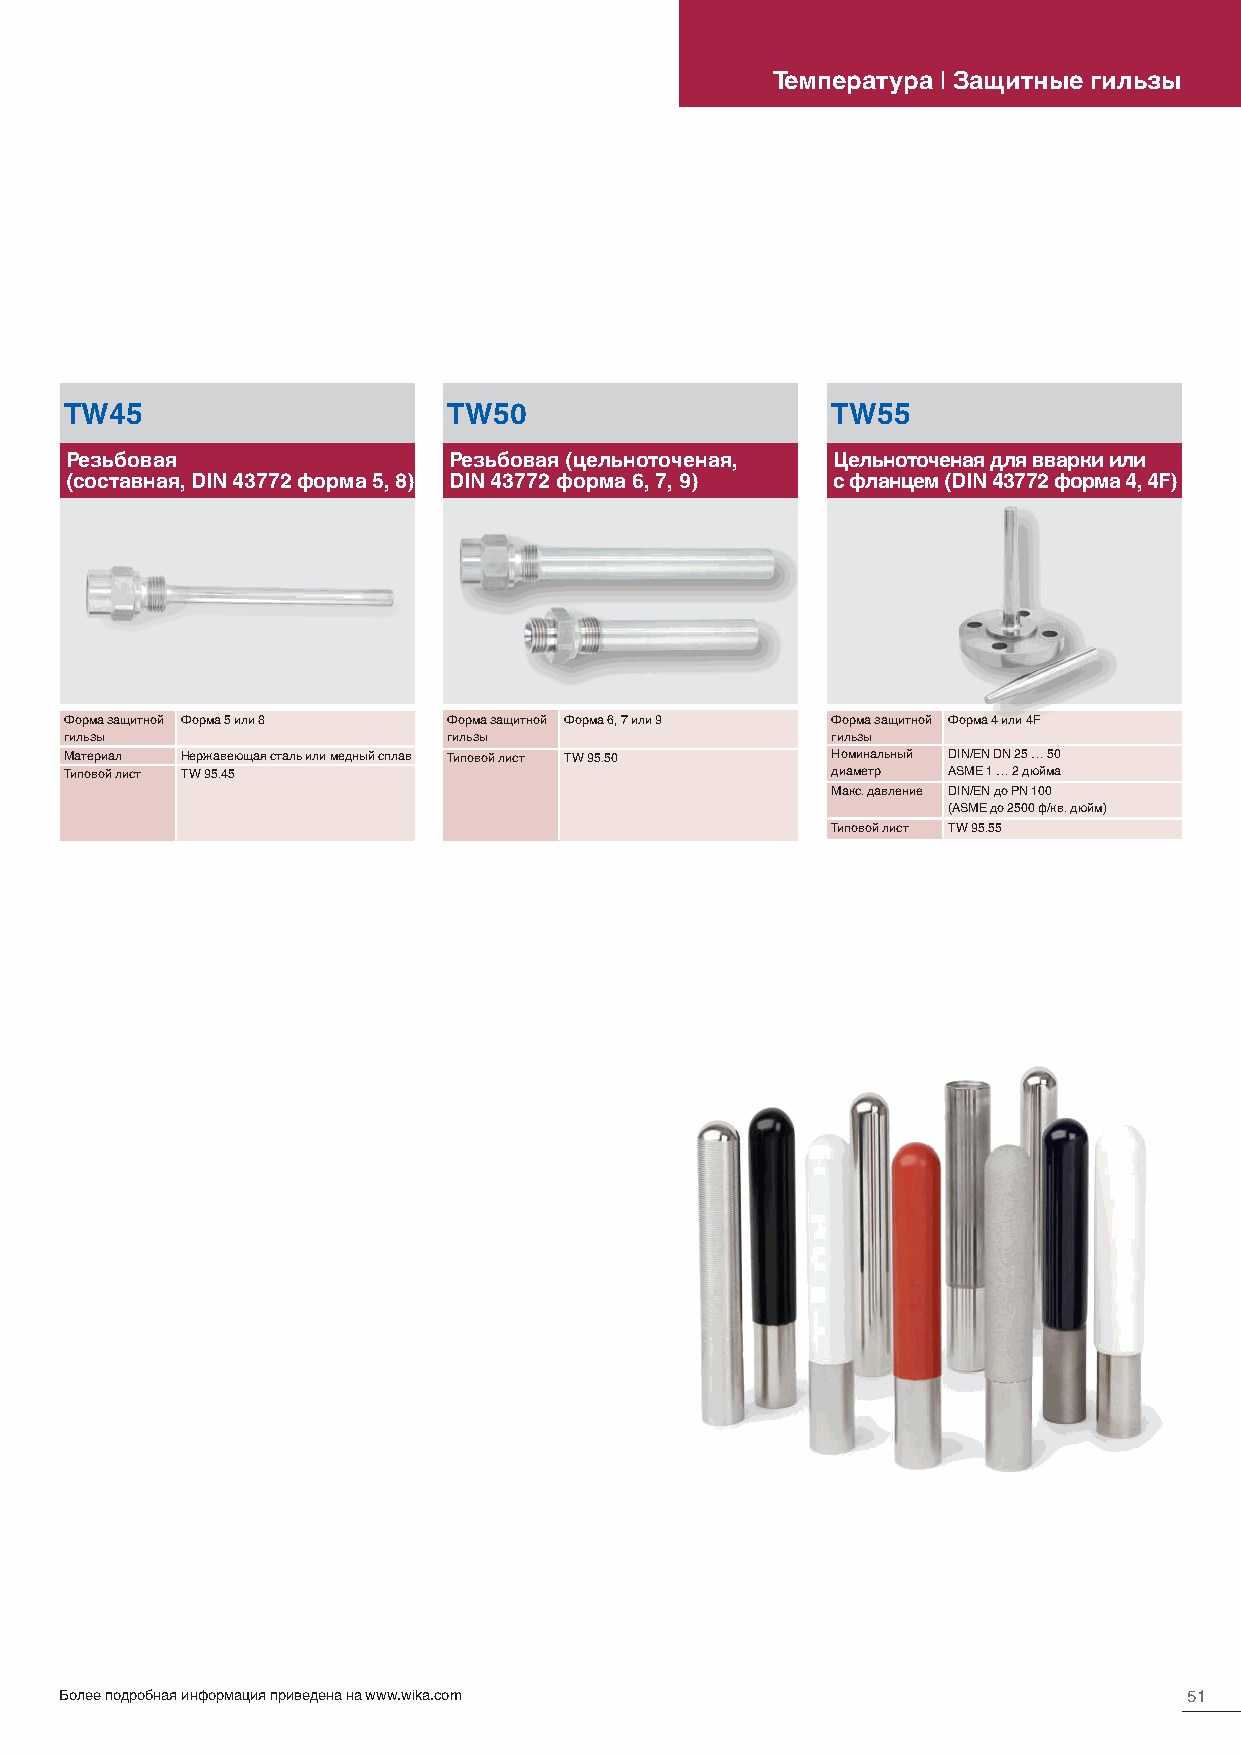
Температура | Защитные гильзы
 TW45                      TW50                     TW55
 Резьбовая                 Резьбовая (цельноточеная, Цельноточеная для вварки или
 (составная, DIN 43772 форма 5, 8) DIN 43772 форма 6, 7, 9) с фланцем (DIN 43772 форма 4, 4F)
 Форма защитной Форма 5 или 8 Форма защитной Форма 6, 7 или 9 Форма защитной Форма 4 или 4F
 гильзы                    гильзы                   гильзы
 Материал Нержавеющая сталь или медный сплав Типовой лист TW 95.50 Номинальный DIN/EN DN 25 … 50
 Типовой лист TW 95.45                              диаметр ASME 1 … 2 дюйма
 Макс. давление DIN/EN до PN 100
 (ASME до 2500 ф/кв. дюйм)
 Типовой лист TW 95.55
 Более подробная информация приведена на www.wika.com                       51